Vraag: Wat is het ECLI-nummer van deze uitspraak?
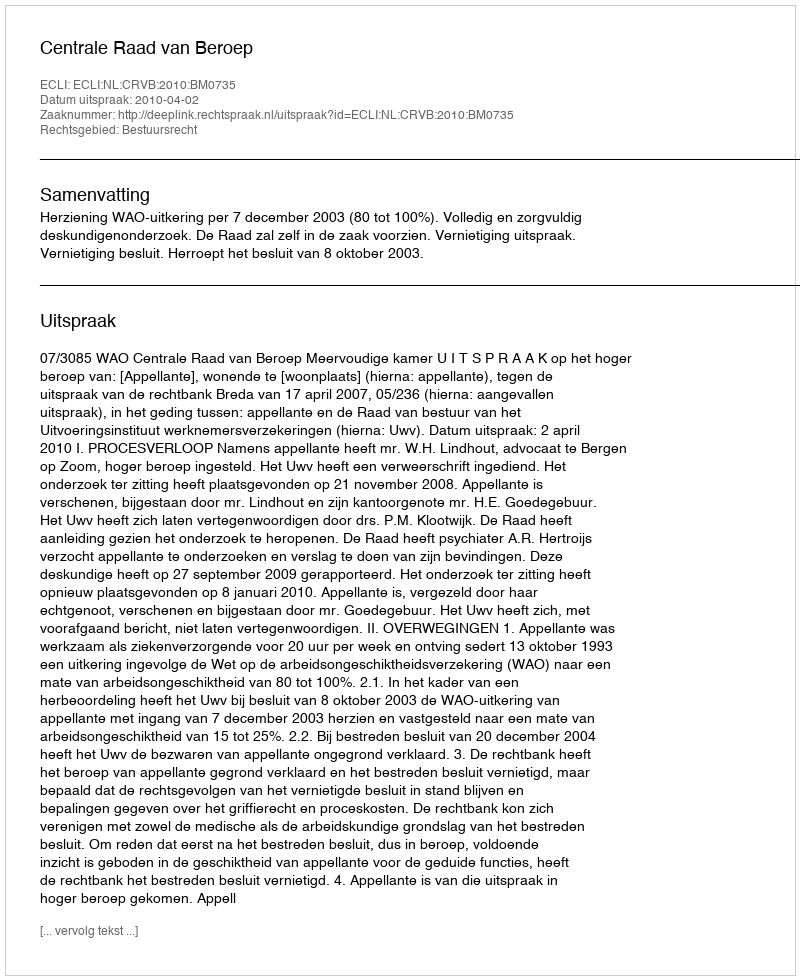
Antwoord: ECLI:NL:CRVB:2010:BM0735